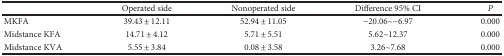
<table><thead><tr><td>[EMPTY_CELL]</td><td><b>Operated side</b></td><td><b>Nonoperated side</b></td><td><b>Difference 95% CI</b></td><td><b><i>P</i></b></td></tr></thead><tbody><tr><td>MKFA</td><td>39.43 ± 12.11</td><td>52.94 ± 11.05</td><td>−20.06~−6.97</td><td>0.000</td></tr><tr><td>Midstance KFA</td><td>14.71 ± 4.12</td><td>5.71 ± 5.51</td><td>5.62~12.37</td><td>0.000</td></tr><tr><td>Midstance KVA</td><td>5.55 ± 3.84</td><td>0.08 ± 3.58</td><td>3.26~7.68</td><td>0.000</td></tr></tbody></table>